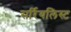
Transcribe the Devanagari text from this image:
सर्रियलिस्ट